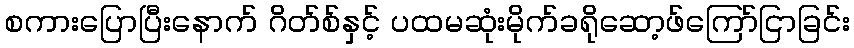
စကားပြောပြီးနောက် ဂိတ်စ်နှင့် ပထမဆုံးမိုက်ခရိုဆော့ဖ်ကြော်ငြာခြင်း